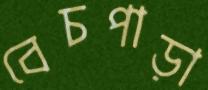
বেচপাড়া